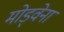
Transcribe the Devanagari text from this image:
मोड्वेना